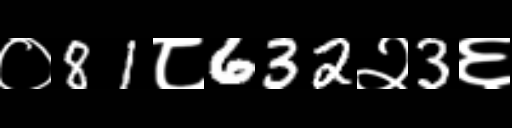
Text: ०81८632२3६